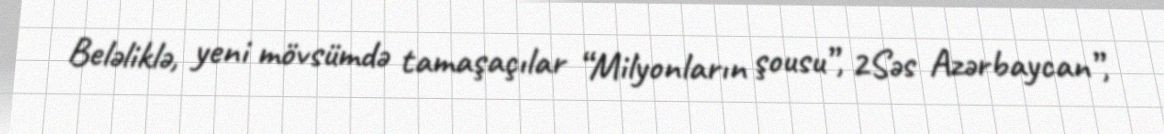
Beləliklə, yeni mövsümdə tamaşaçılar “Milyonların şousu”, 2Səs Azərbaycan”,